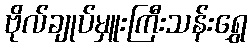
ဗိုလ်ချုပ်မှူးကြီးသန်းရွှေ